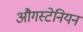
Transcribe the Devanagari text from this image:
औगस्टेनियन